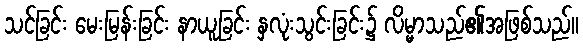
သင်ခြင်း မေးမြန်းခြင်း နာယူခြင်း နှလုံးသွင်းခြင်း၌ လိမ္မာသည်၏အဖြစ်သည်။